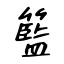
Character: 籃